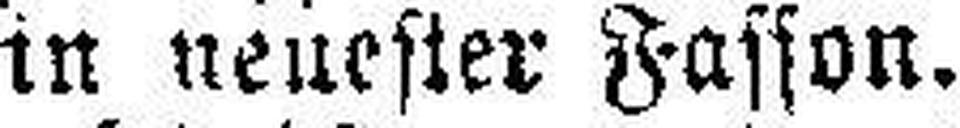
in neuester Fasson.